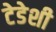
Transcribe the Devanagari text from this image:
टेडेशी